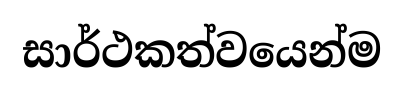
සාර්ථකත්වයෙන්ම